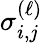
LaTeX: \sigma_{i,j}^{(\ell)}